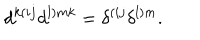
d ^ { k ( i j } d ^ { l ) m k } = \delta ^ { ( i j } \delta ^ { l ) m } .